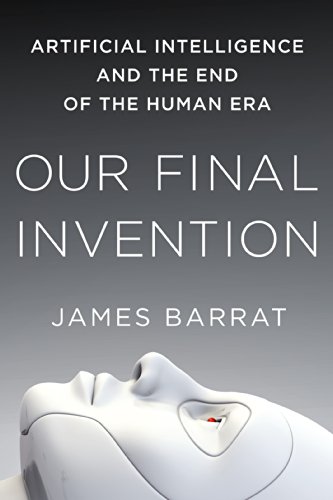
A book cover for Our Final Invention: Artificial Intelligence and the End of the Human Era; James Barrat; Computers & Technology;